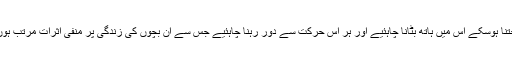
جتنا ہوسکے اس میں ہاتھ بٹانا چاہئیے اور ہر اس حرکت سے دور رہنا چاہئیے جس سے ان بچوں کی زندگی پر منفی اثرات مرتب ہوں۔